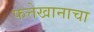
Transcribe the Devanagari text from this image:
फत्तेखानाचा